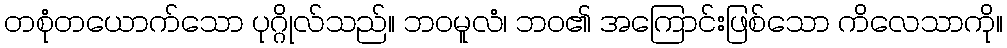
တစုံတယောက်သော ပုဂ္ဂိုလ်သည်။ ဘဝမူလံ၊ ဘဝ၏ အကြောင်းဖြစ်သော ကိလေသာကို။